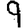
Digit: 9